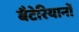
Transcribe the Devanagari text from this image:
बैटेरियानों